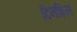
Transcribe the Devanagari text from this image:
टिनशिल